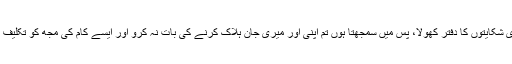
تمہاری قوم نے میرے پاس آ کر تمہاری شکایتوں کا دفتر کھولا، پس میں سمجھتا ہوں تم اپنی اور میری جان ہلاک کرنے کی بات نہ کرو اور ایسے کام کی مجھ کو تکلیف نہ دو جس کی مجھ میں طاقت نہیں ہے۔